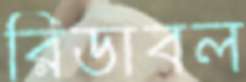
রিডাবল